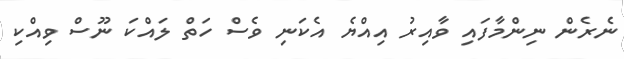
ނެރެން ނިންމާފައި ވާއިރު އިއްޔެ އެކަނި ވެސް ހަތް ލައްކަ ނޫސް ވިއްކި